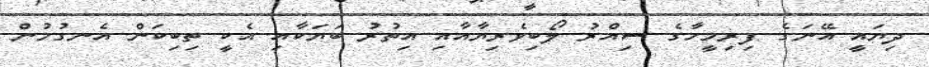
ދިޔައީ އޭނަގެ ފިރިމީހާގެ ސިއްރު ލޯބިވެރިޔާއާއި އިތުރު ބަޔަކާއި އެކީ ތިބިކަން އެނގުމުން